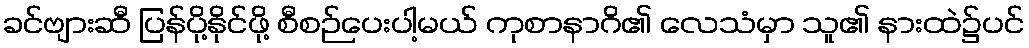
ခင်ဗျားဆီ ပြန်ပို့နိုင်ဖို့ စီစဉ်ပေးပါ့မယ် ကုစာနာဂိ၏ လေသံမှာ သူ၏ နားထဲ၌ပင်